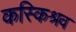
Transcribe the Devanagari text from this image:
कस्किश्रव